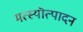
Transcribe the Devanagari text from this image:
मत्स्यॊत्पादन